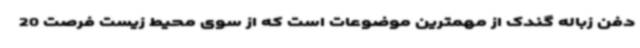
دفن زباله گندک از مهمترین موضوعات است که از سوی محیط زیست فرصت 20